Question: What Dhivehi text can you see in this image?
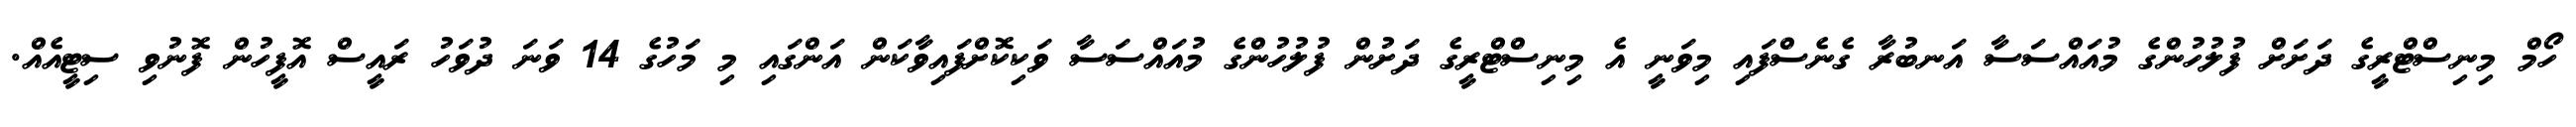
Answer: ހޯމް މިނިސްޓްރީގެ ދަށަށް ފުލުހުންގެ މުއައްސަސާ އަނބުރާ ގެނެސްފައި މިވަނީ އެ މިނިސްޓްރީގެ ދަށުން ފުލުހުންގެ މުއައްސަސާ ވަކިކޮށްފައިވާކަން އަންގައި މި މަހުގެ 14 ވަނަ ދުވަހު ރައީސް އޮފީހުން ފޮނުވި ސިޓީއެއް.